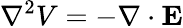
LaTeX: \nabla^{2}V=-\nabla\cdot\mathbf{E}